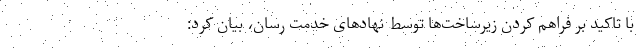
با تاکید بر فراهم کردن زیرساخت‌ها توسط نهادهای خدمت رسان، بیان کرد: